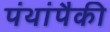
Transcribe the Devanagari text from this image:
पंथांपैकी